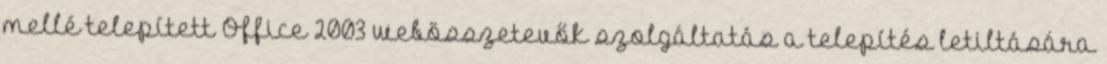
mellé telepített Office 2003 webösszetevők szolgáltatás a telepítés letiltására